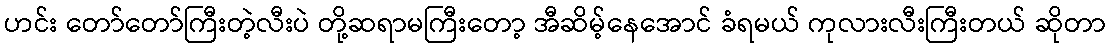
ဟင်း တော်တော်ကြီးတဲ့လီးပဲ တို့ဆရာမကြီးတော့ အီဆိမ့်နေအောင် ခံရမယ် ကုလားလီးကြီးတယ် ဆိုတာ